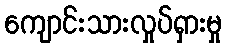
ကျောင်းသားလှုပ်ရှားမှု